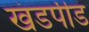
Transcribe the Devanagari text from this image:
खंडपीड